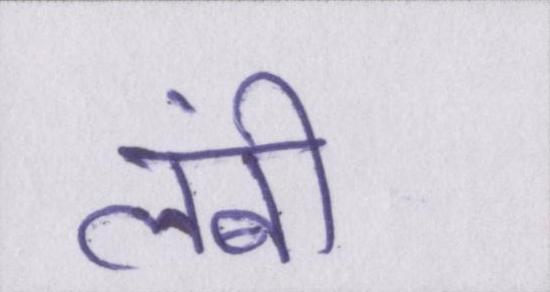
लंबी